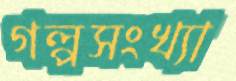
গল্পসংখ্যা